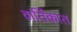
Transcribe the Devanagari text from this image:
वार्तिकात